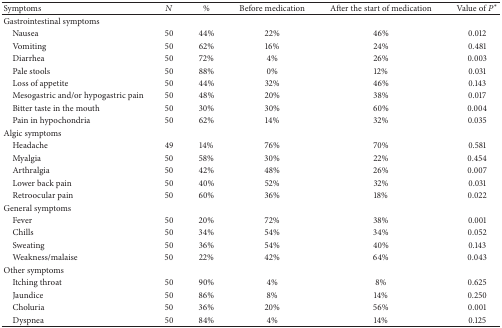
| Symptoms | N | % | Before medication | After the start of medication | Value of P∗ |
 | --- | --- | --- | --- | --- | --- |
 | Gastrointestinal symptoms |  |  |  |  |  |
 | Nausea | 50 | 44% | 22% | 46% | 0.012 |
 | Vomiting | 50 | 62% | 16% | 24% | 0.481 |
 | Diarrhea | 50 | 72% | 4% | 26% | 0.003 |
 | Pale stools | 50 | 88% | 0% | 12% | 0.031 |
 | Loss of appetite | 50 | 44% | 32% | 46% | 0.143 |
 | Mesogastric and/or hypogastric pain | 50 | 48% | 20% | 38% | 0.017 |
 | Bitter taste in the mouth | 50 | 30% | 30% | 60% | 0.004 |
 | Pain in hypochondria | 50 | 62% | 14% | 32% | 0.035 |
 | Algic symptoms |  |  |  |  |  |
 | Headache | 49 | 14% | 76% | 70% | 0.581 |
 | Myalgia | 50 | 58% | 30% | 22% | 0.454 |
 | Arthralgia | 50 | 42% | 48% | 26% | 0.007 |
 | Lower back pain | 50 | 40% | 52% | 32% | 0.031 |
 | Retroocular pain | 50 | 60% | 36% | 18% | 0.022 |
 | General symptoms |  |  |  |  |  |
 | Fever | 50 | 20% | 72% | 38% | 0.001 |
 | Chills | 50 | 34% | 54% | 34% | 0.052 |
 | Sweating | 50 | 36% | 54% | 40% | 0.143 |
 | Weakness/malaise | 50 | 22% | 42% | 64% | 0.043 |
 | Other symptoms |  |  |  |  |  |
 | Itching throat | 50 | 90% | 4% | 8% | 0.625 |
 | Jaundice | 50 | 86% | 8% | 14% | 0.250 |
 | Choluria | 50 | 36% | 20% | 56% | 0.001 |
 | Dyspnea | 50 | 84% | 4% | 14% | 0.125 |